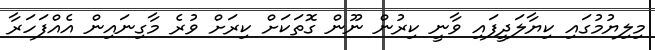
މިލިޔުމުގައި ކިޔާލަދީފައި ވާނީ ކިރުން ނޫން ގޮތަކަށް ކިރަށް ވުރެ މާގިނައިން އެއްފަހަރާ